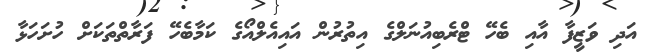
އަދި ވަޒީފާ އާއި ބެހޭ ޓްރެބިއުނަލްގެ އިތުރުން އައިއެލްއޯގެ ކަމާބެހޭ ފަރާތްތަކަށް ހުށަހަޅާ